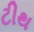
ટીથ